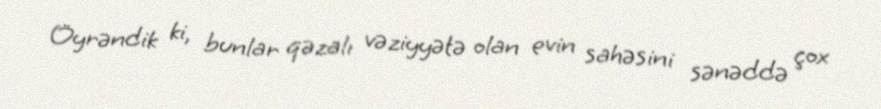
Öyrəndik ki, bunlar qəzalı vəziyyətə olan evin sahəsini sənəddə çox